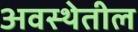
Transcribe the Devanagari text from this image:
अवस्‍थेतील